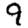
Digit: 9